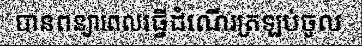
បានពន្យាពេលធ្វើដំណើរត្រឡប់ចូល